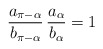
\begin{align*}\frac{a_{\pi-\alpha}}{b_{\pi-\alpha}}\,\frac{a_\alpha}{b_\alpha} = 1\end{align*}